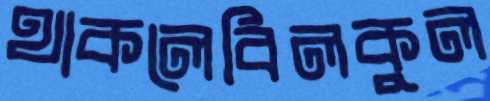
থাকলেবিলকুল